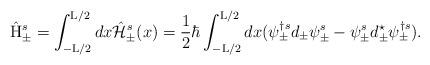
LaTeX: \begin{align*}\hat{\rm H}_{\pm}^s = \int_{-{\rm L}/2}^{{\rm L}/2} dx\hat{\cal H}_{\pm}^s(x)= \frac{1}{2} \hbar \int_{-{\rm L}/2}^{{\rm L}/2}dx (\psi_{\pm}^{\dagger s} d_{\pm} \psi_{\pm}^s- \psi_{\pm}^s d_{\pm}^{\star} \psi_{\pm}^{\dagger s}).\end{align*}